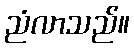
ညံလာသည်။